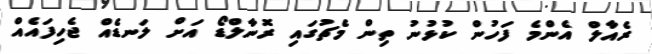
ރެއާލް އެންމެ ފަހުން ކުޅުނު ތިން މެޗުގައި ރޮނާލްޑޯ އަށް ލަނޑެއް ޖެހިފައެއް